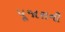
પૂજારાની